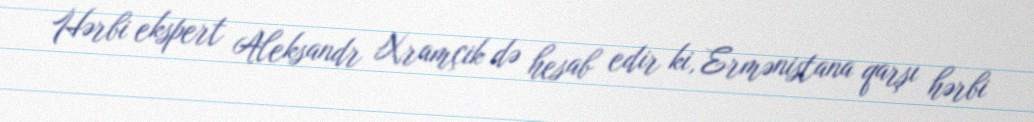
Hərbi ekspert Aleksandr Xramçik də hesab edir ki, Ermənistana qarşı hərbi